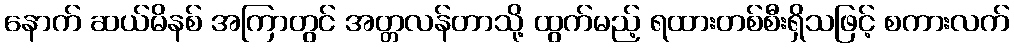
နောက် ဆယ်မိနစ် အကြာတွင် အတ္တလန်တာသို့ ထွက်မည့် ရထားတစ်စီးရှိသဖြင့် စကားလက်